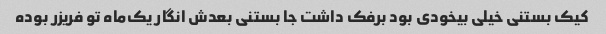
کیک بستنی خیلی بیخودی بود برفک داشت جا بستنی بعدش انگار یک‌ماه تو فریزر بوده